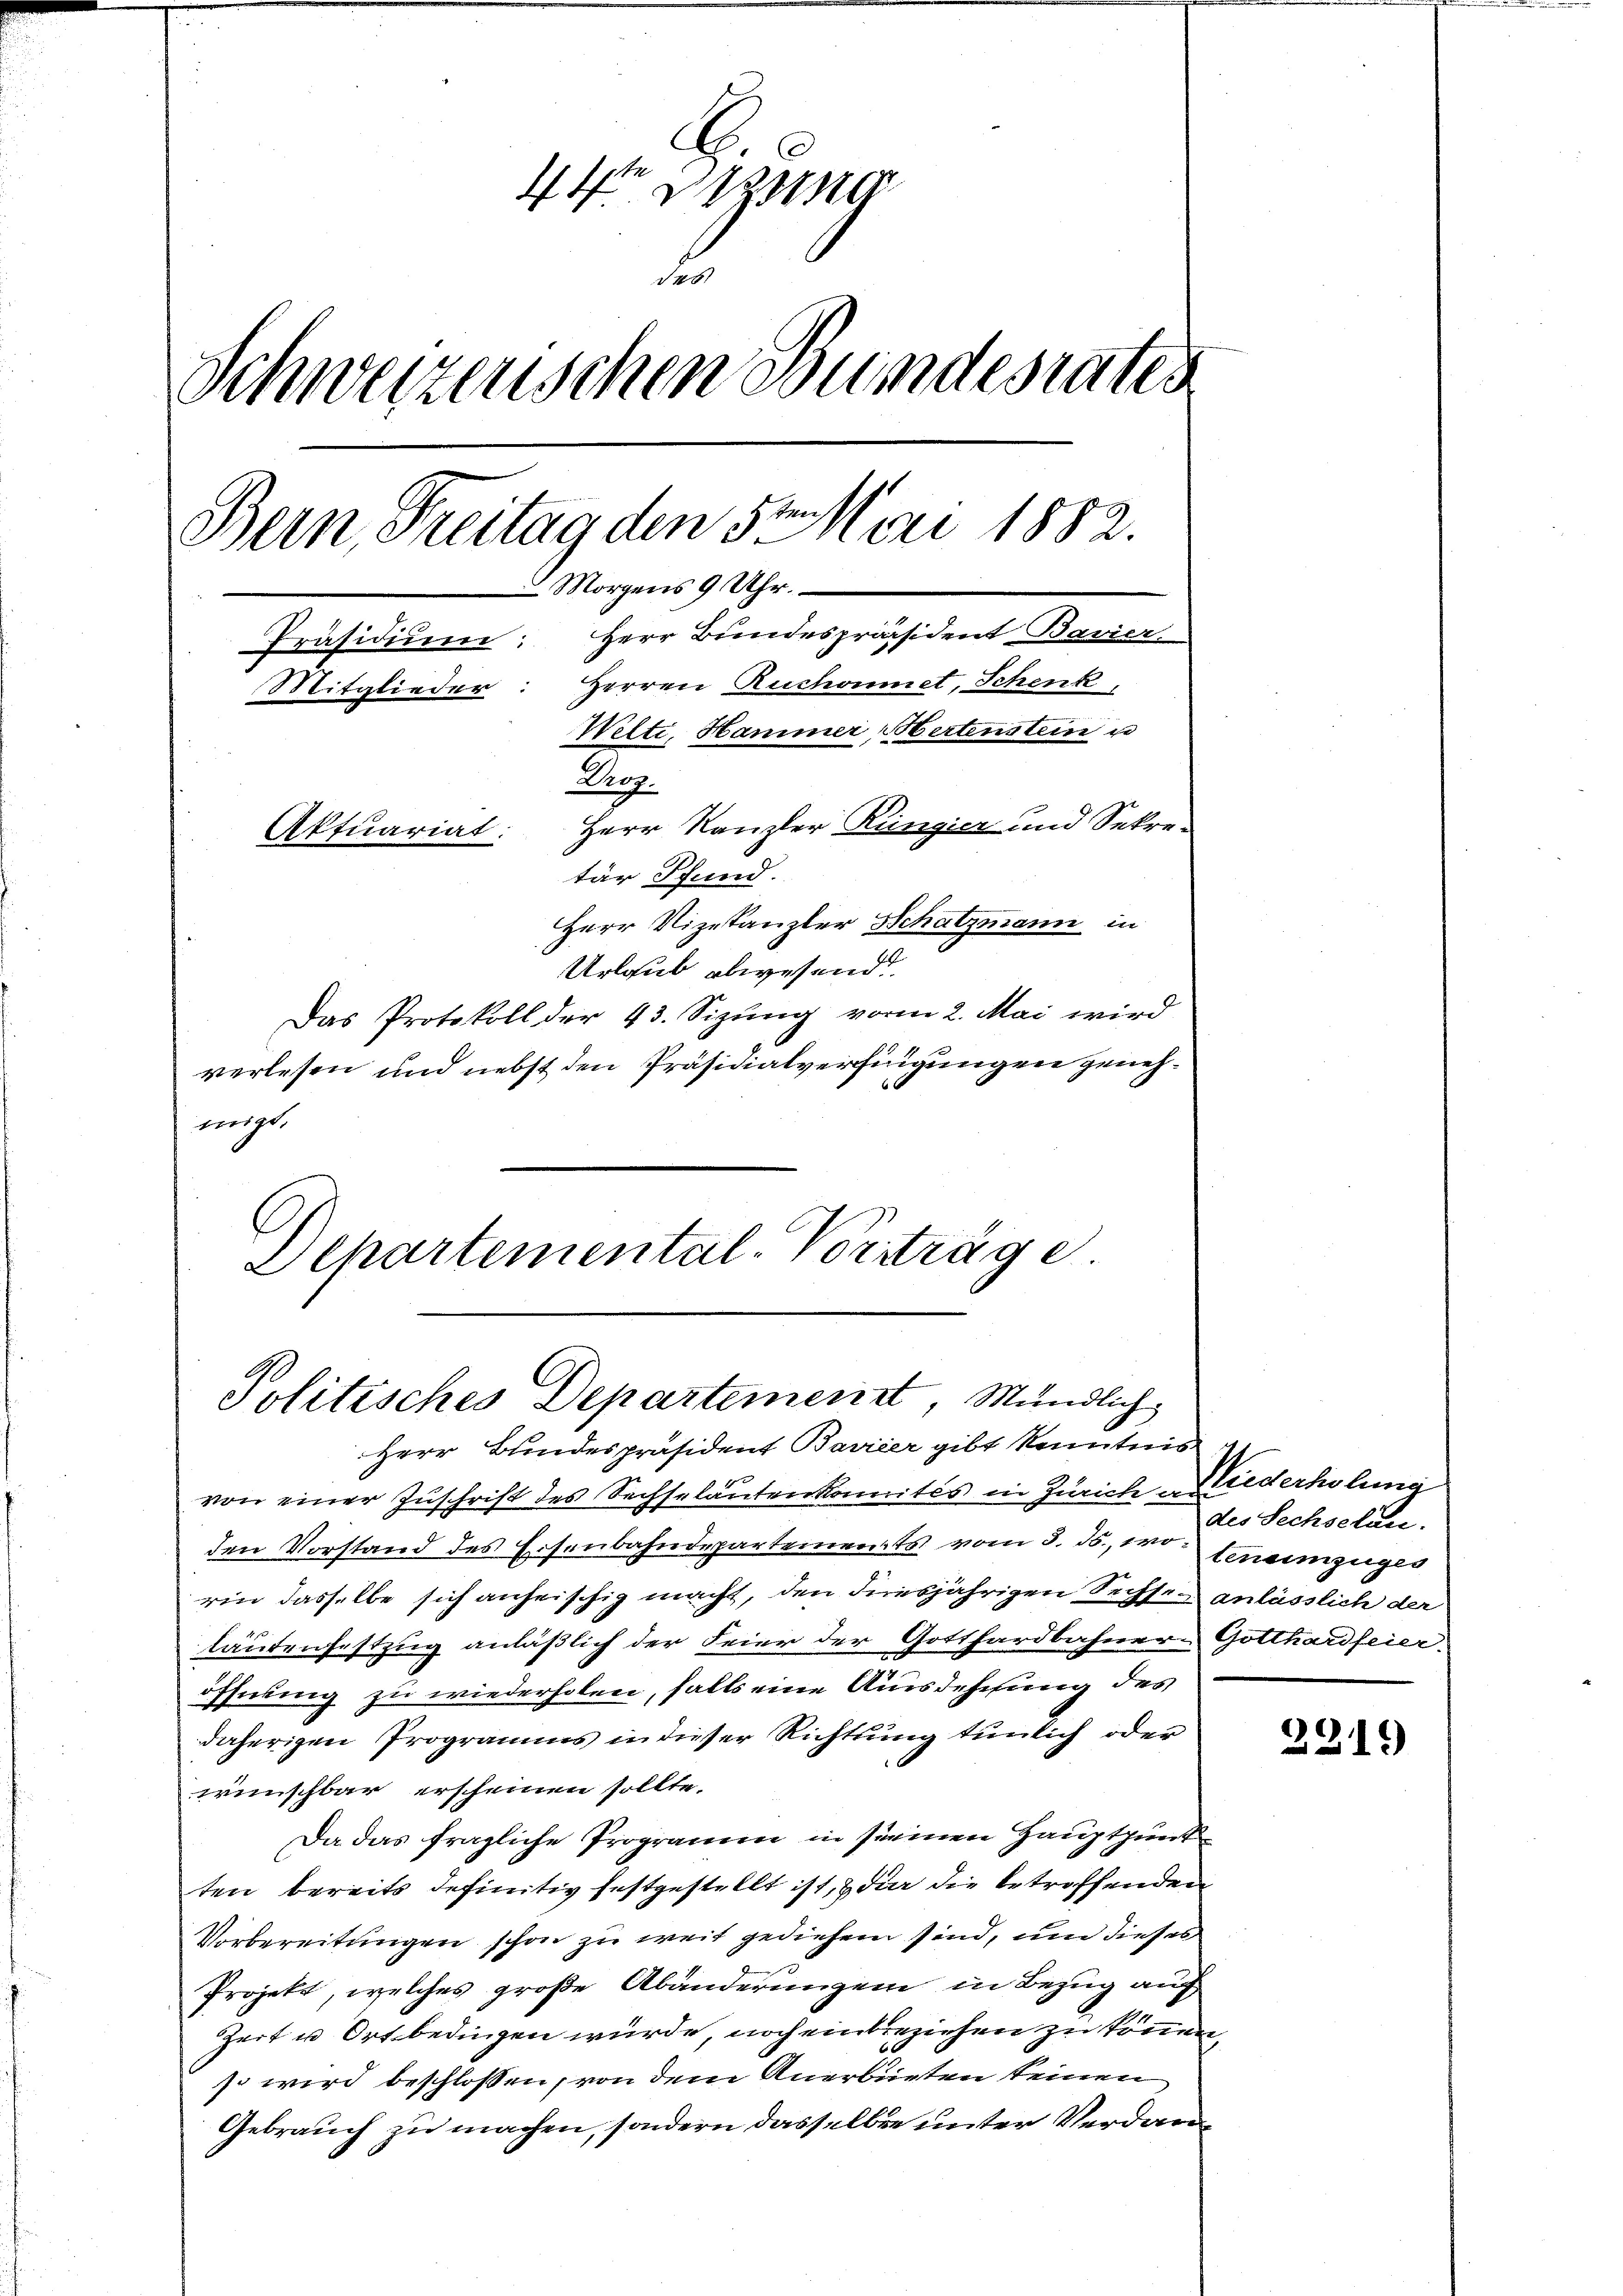
44 Dezung
d
Schweizerischen Bundesrates
Bern, Freitag den 5. Mai 1882.
Morgens 9 Uhr.
Präsidium: Herr Bundespräsident Bavier
Mitglieder: Herren Ruchoumet, Schenk,
Wilti, Hammer ertenstein u
Droz.
Herr Kanzler Ringier und Sekre¬
Aftuariat:
tär Schund.
Herr Vizekanzler Schatzmann in
Urlaub abwesend
Das Protokoll der 43. Sizung vom 2. Mai wird
verlesen und nebst den Präsidialverfügungen geneh¬

wigt

Departemental-Vorträge
Politisches Departement, Mündlich
Herr Bundespräsident Bavier gibt kenntnis

von einer Zŭschrift des Sechseläuten komités in Zürich iderholma
den Vorstand des Eisenbahndepartements vom 3. ds., wo einzug
rin dasselbe sich anheischig macht, den diesjährigen Sechsen anlässlich der
läutenfestzug anläßlich der Feier der Gotthardbahnern Gotthardfeier:
öffnung zu wiederholen, falls eine Ausdehnung des
daherigen Programms in dieser Richtung tunlich oder
wünschbar erscheinen sollte.
Da das fragliche Programm in seinen Hauptpunk
ten bereits definitiv festgestellt ist, & der die betreffenden
Vorbereitungen schon zu weit gediehen sind, um dieses
Projekt, welches große Abänderungen in Bezug auf
Zeit u Ort bedingen würde, noch einbreziehen zu können,
so wird beschlossen, von dem Anerbieten keinen
Gebrauch zu machen, sondern dasselben unter Verdan¬

des Sechselan.

2219